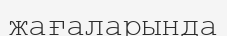
жағаларында